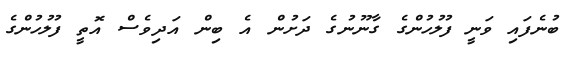
ބުނެފައި ވަނީ ފުލުހުންގެ ގާނޫނުގެ ދަށުން އެ ބިން އަދިވެސް އޮތީ ފުލުހުންގެ